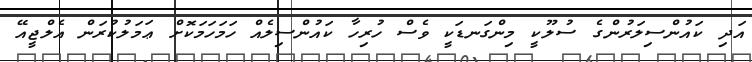
އަދި ކައުންސިލަރުންގެ ސުލޫކީ މިންގަނޑަކީ ވެސް ހުރިހާ ކައުންސިލެއް ހަމަހަމަކޮށް ޢަމަލުކުރަން އެލްޖީއޭ